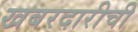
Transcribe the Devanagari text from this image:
खबरदारीची